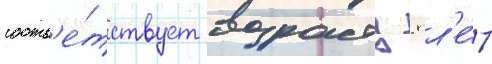
соотв'е́тствует возрасту 8 л'е́т